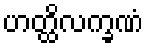
ဟတ္ထိလက္ခဏံ